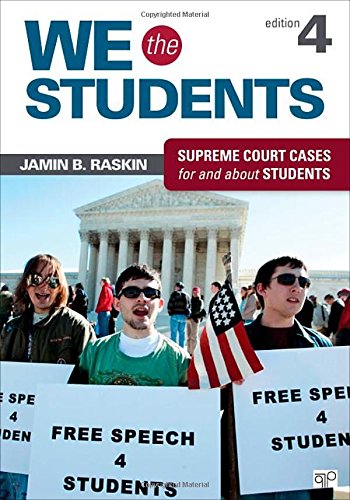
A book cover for We the Students: Supreme Court Cases for and about Students; Jamin B. Raskin; Law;